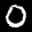
Label: 0